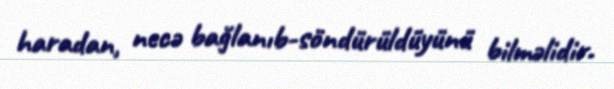
haradan, necə bağlanıb-söndürüldüyünü bilməlidir.